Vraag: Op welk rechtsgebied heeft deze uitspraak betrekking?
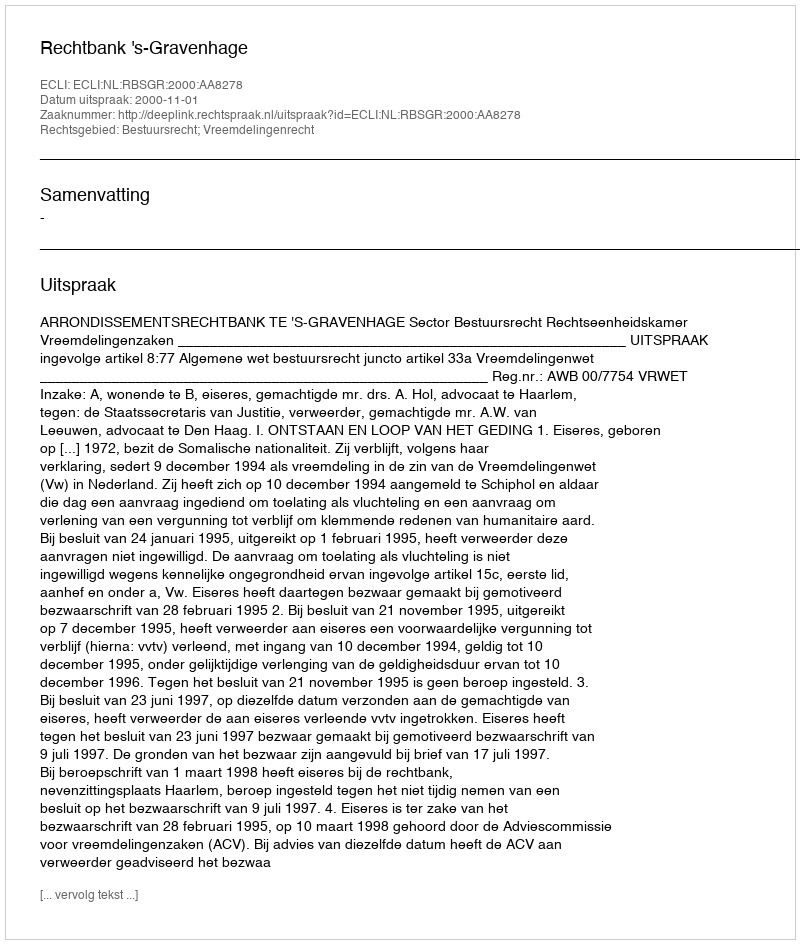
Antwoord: Bestuursrecht; Vreemdelingenrecht